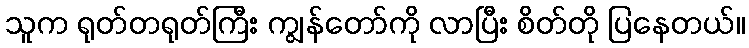
သူက ရုတ်တရုတ်ကြီး ကျွန်တော်ကို လာပြီး စိတ်တို ပြနေတယ်။